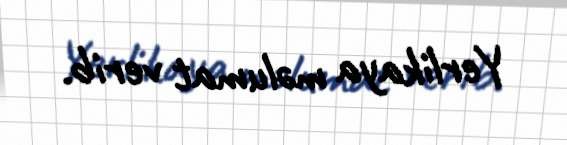
Yerlikaya məlumat verib.